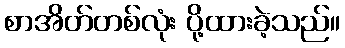
စာအိတ်တစ်လုံး ပို့ထားခဲ့သည်။